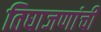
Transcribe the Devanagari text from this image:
तिघाजणांची